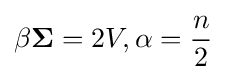
\beta {\boldsymbol {\Sigma }}=2V,\alpha ={\frac {n}{2}}